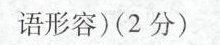
语形容)(2分)